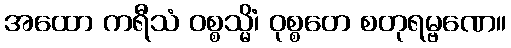
အထော ကရီသံ ဝစ္စသ္မိံ၊ ဝုစ္စတေ စတုရမ္ဗဏေ။